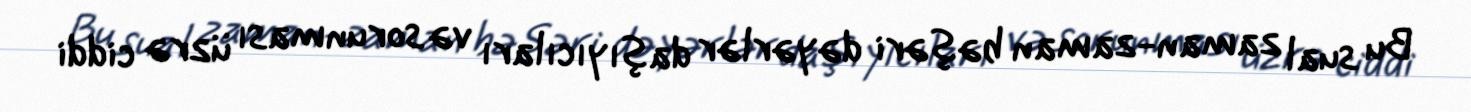
Bu sual zaman-zaman bəşəri dəyərlər daşıyıcıları və sorunması üzrə ciddi